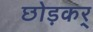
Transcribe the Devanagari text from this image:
छोड़कर्